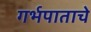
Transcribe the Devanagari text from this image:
गर्भपाताचे